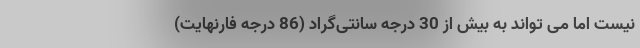
نیست اما می تواند به بیش از 30 درجه سانتی‌گراد (86 درجه فارنهایت)